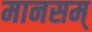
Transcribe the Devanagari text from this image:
मानसम्